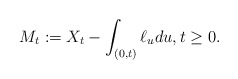
\begin{align*}M_t:= X_t-\int_{(0,t)} \ell_u du, t\geq 0.\end{align*}